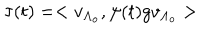
\tau ( t ) = < v _ { \Lambda _ { o } } , \psi ( t ) g v _ { \Lambda _ { o } } >